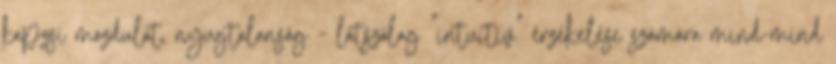
kapzsi mozdulat, nyugtalanság - látszólag "intuitív" érzékelése számára mind-mind